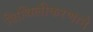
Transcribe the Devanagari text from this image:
शिथिलीकरणाने